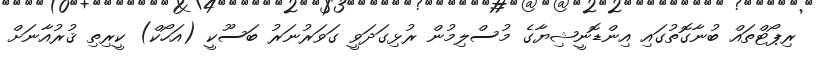
ރިޕޯޓްތައް ބުނާގޮތުގައި އިންޑޮނީޝިޔާގެ މުސްލިމުން ރުޅިގަދަވީ ގަވަރުނަރު ބަސޫކީ (އަހޯކް) ކީރިތި ޤުރުއާނަށް